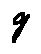
g